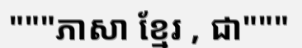
"""ភាសា ខ្មែរ , ជា"""